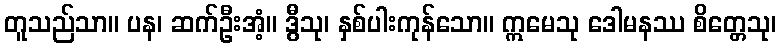
တူသည်သာ။ ပန၊ ဆက်ဦးအံ့။ ဒွီသု၊ နှစ်ပါးကုန်သော။ ဣမေသု ဒေါမနဿ စိတ္တေသု၊